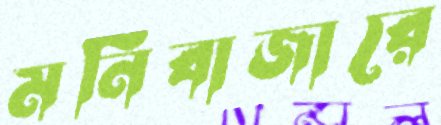
মনিবাজারে